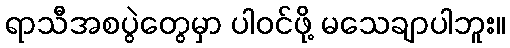
ရာသီအစပွဲတွေမှာ ပါဝင်ဖို့ မသေချာပါဘူး။